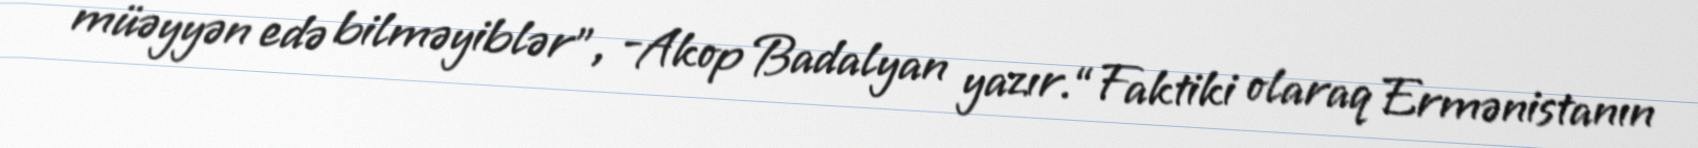
müəyyən edə bilməyiblər”, -Akop Badalyan yazır.“Faktiki olaraq Ermənistanın